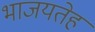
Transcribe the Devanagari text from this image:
भाजयतेह